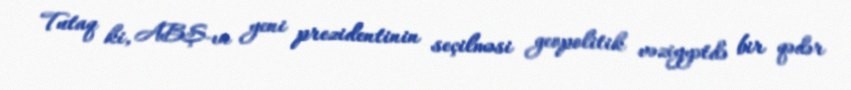
Tutaq ki, ABŞ-ın yeni prezidentinin seçilməsi geopolitik vəziyyətdə bir qədər